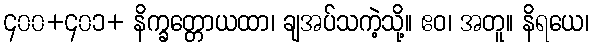
၄၀၀+၄၀၁+ နိက္ခတ္တောယထာ၊ ချအပ်သကဲ့သို့။ ဧဝ၊ အတူ။ နိရယေ၊